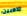
تذهبين